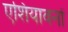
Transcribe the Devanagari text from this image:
एशियावनों